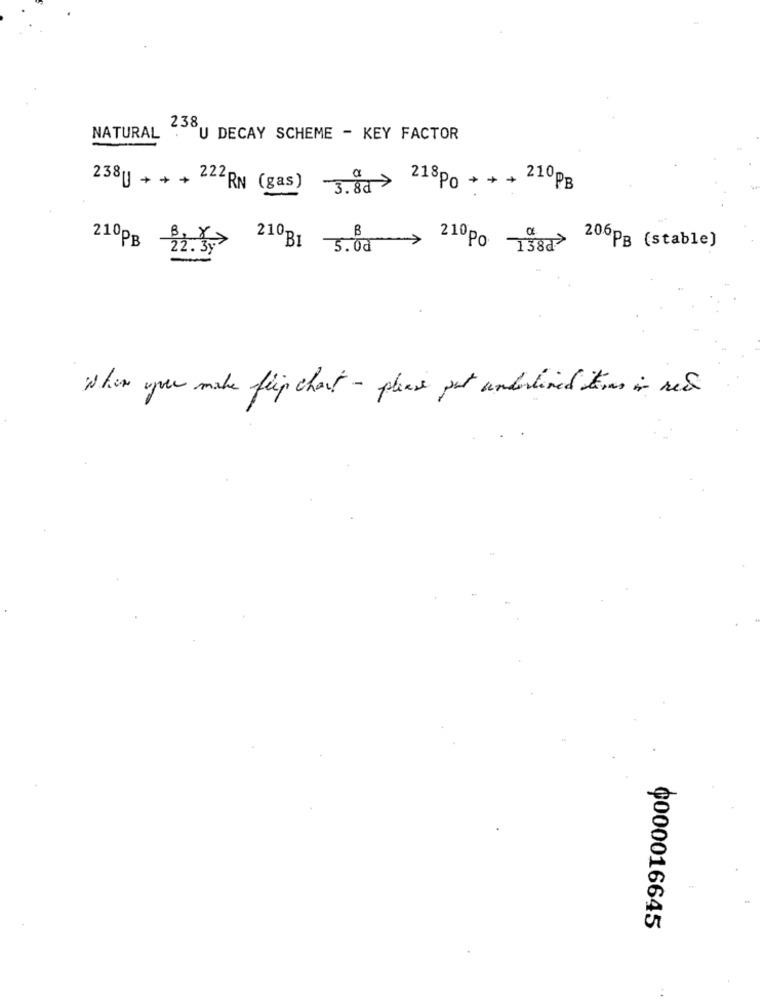
238
NATURAL
U DECAY SCHEME - KEY FACTOR
238] + + + 2 RN (gas) -3 ª
3.80 > 218Po + + + 210PB
210PB 225 210 B1 5.00 2.10 1988
206pg (stable]
When you make flip chart - please put underlined tous in ned
0000016645